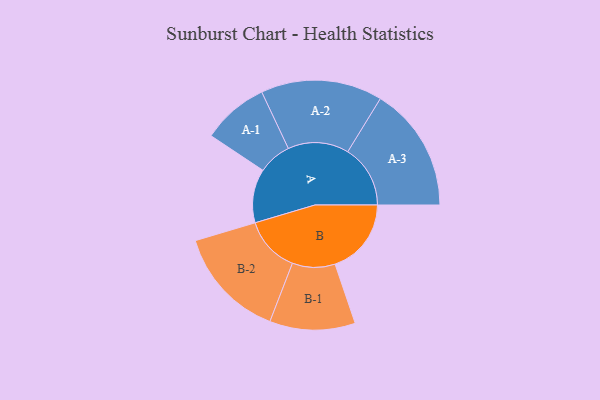
{"axis": {"x": "Segment", "y": "Value"}, "legend": ["", "A", "B"], "data": [{"x": "A", "y": 244, "type": ""}, {"x": "B", "y": 346, "type": ""}, {"x": "A-1", "y": 151, "type": "A"}, {"x": "A-2", "y": 276, "type": "A"}, {"x": "A-3", "y": 284, "type": "A"}, {"x": "B-1", "y": 194, "type": "B"}, {"x": "B-2", "y": 254, "type": "B"}]}